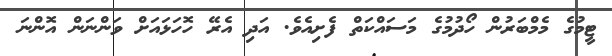
ޓީމުގެ މެމްބަރުން ހޯދުމުގެ މަސައްކަތް ފެށިއެވެ. އަދި އެރޭ ހޮހަޅައަށް ވަންނަން އޮންނަ